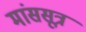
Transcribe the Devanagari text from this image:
मांससूत्र